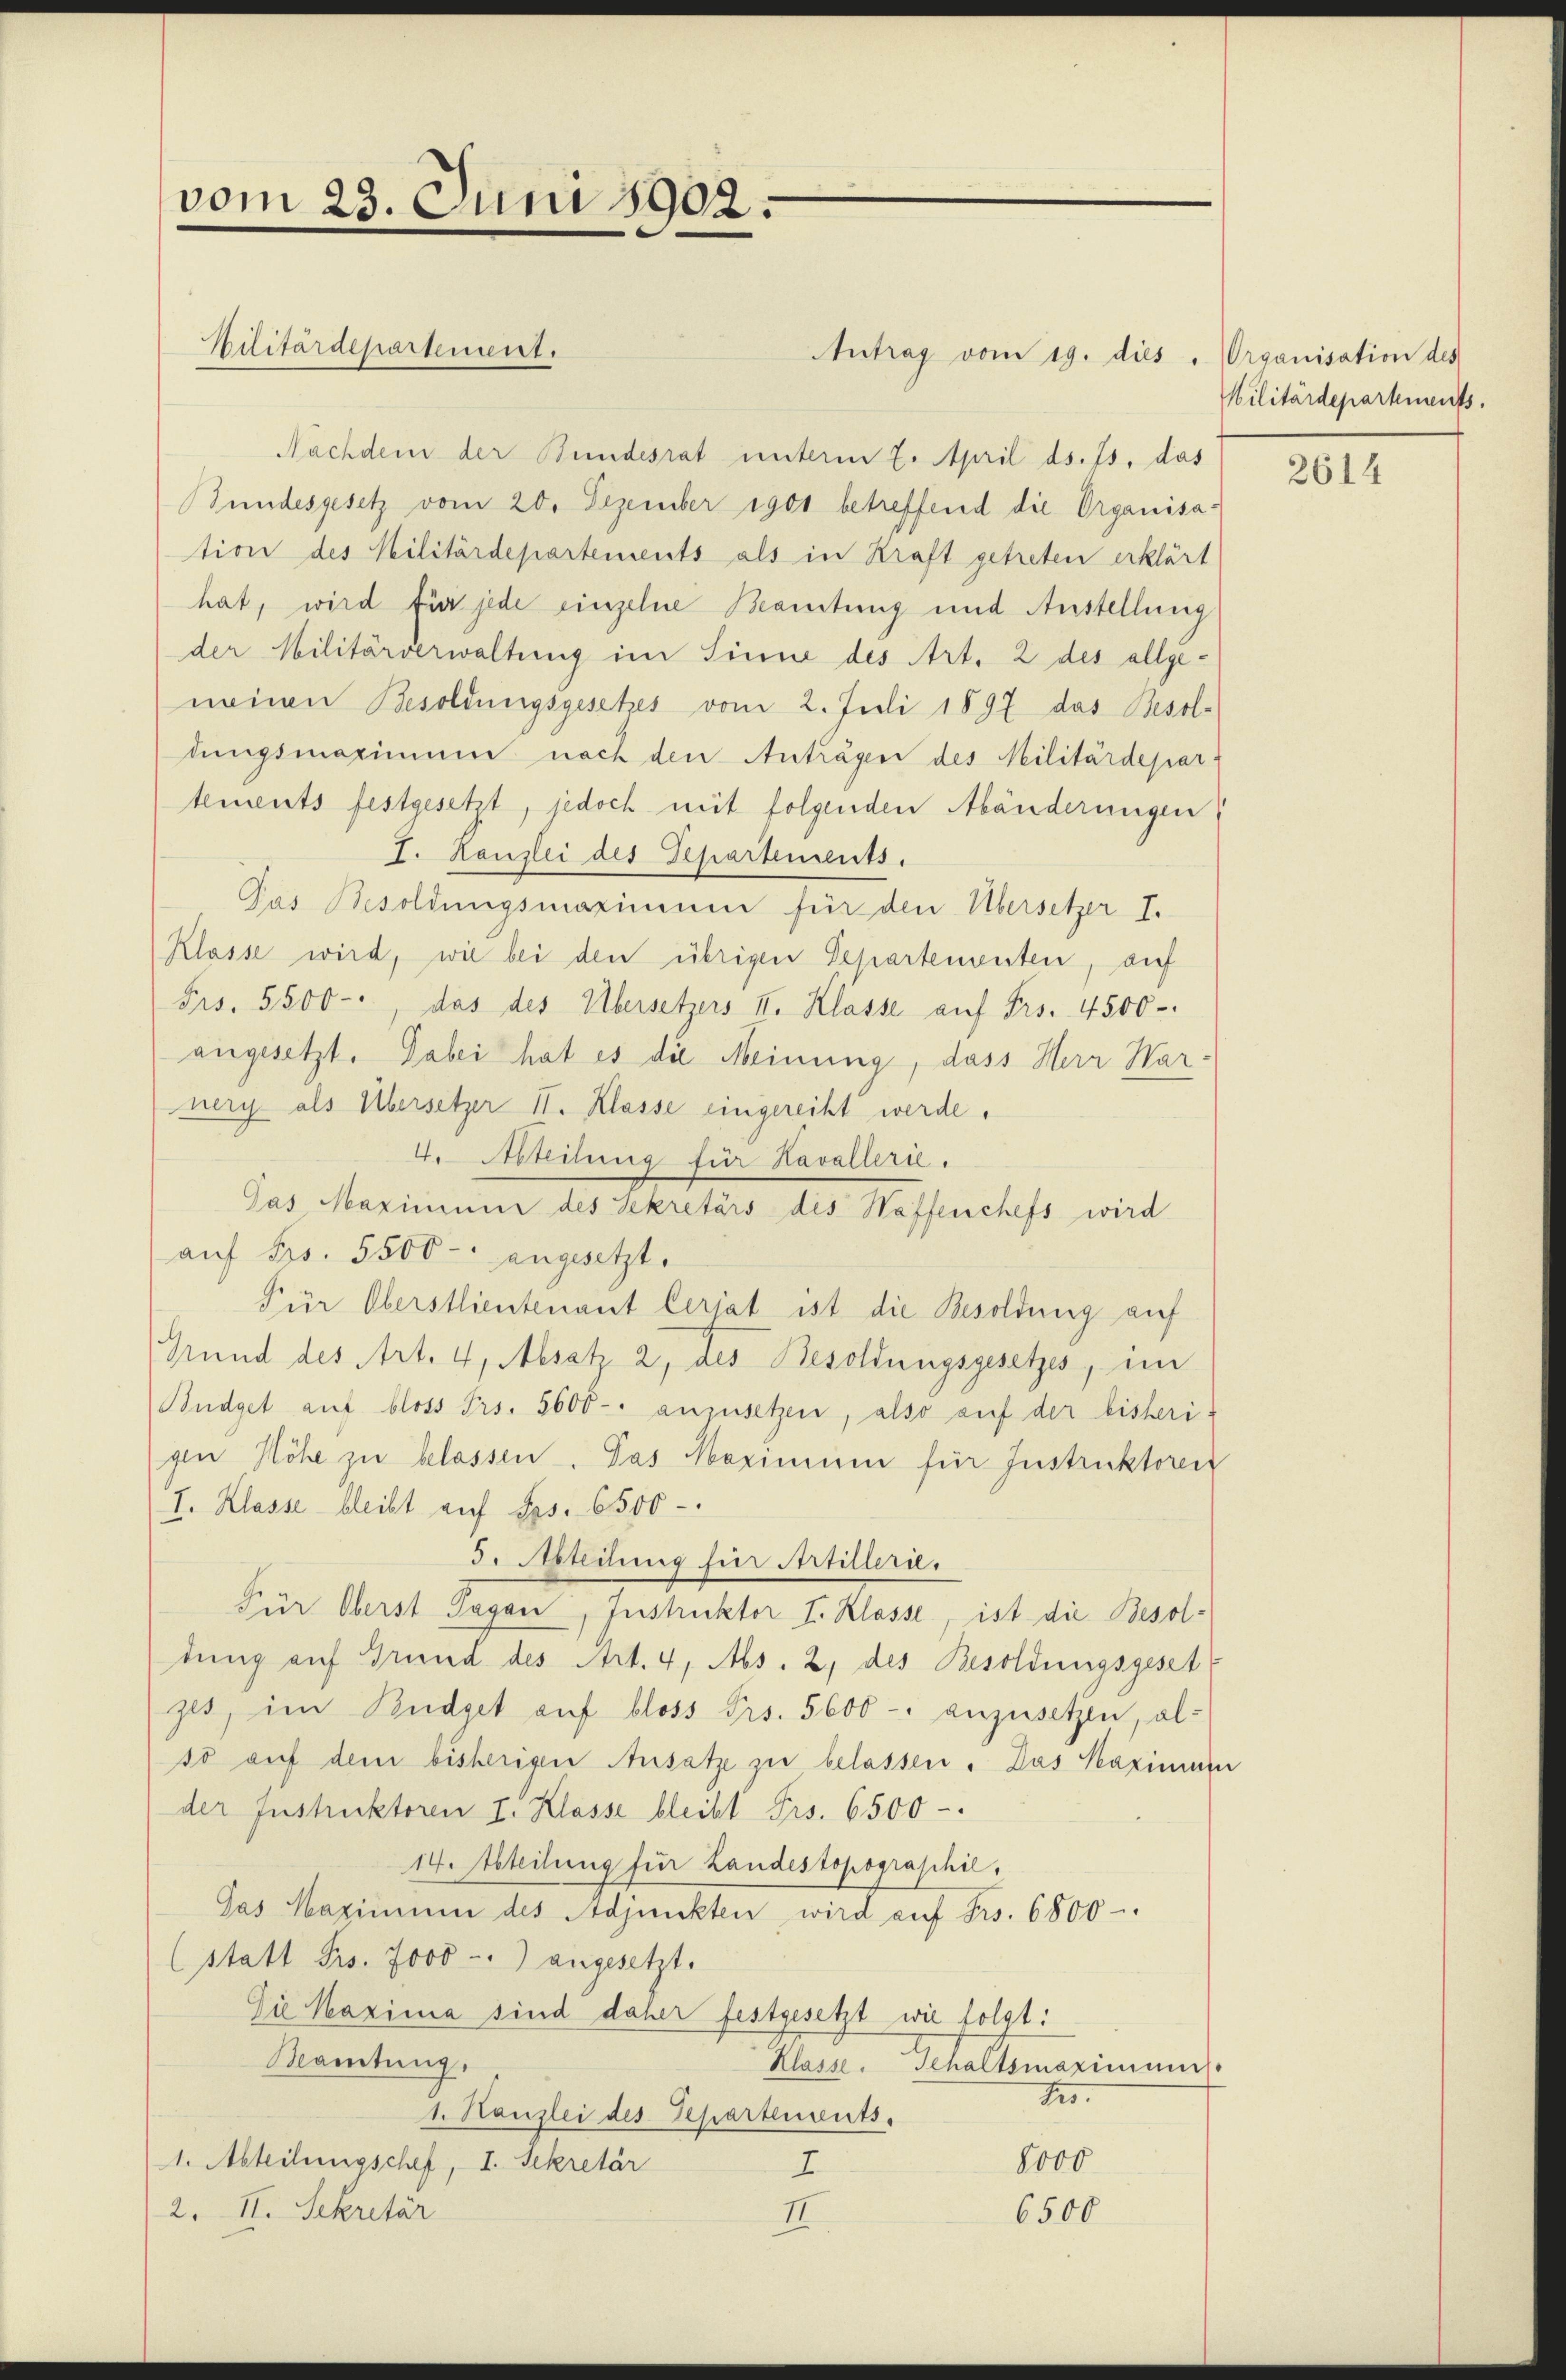
vom 23. Juni 1902.

Antrag vom 19. dies " Organisation des
Nachdem der Bundesrat unterm 7. April ds. Js. das
Bundesgesetz vom 20. Dezember 1901 betreffend die Organisation des Militärdepartements als in Kraft getreten erklärt
hat, wird für jede einzelne Beamtung und Anstellung
der Militärverwaltung im Sinne des Art. 2 des allgeneinen Besoldungsgesetzes vom 2. Juli 1897 das Besoldungsmaximum nach den Antragen des Militärdepartements festgesetzt, jedoch mit folgenden Abänderungen
I. Kanzlei des Departements.
Pas Besoldungsmaximum für den Übersetzer I.
Klasse wird, wie bei den übrigen Separtementen, auf
Frs. 5500-, das des Übersetzers II. Klasse auf Frs. 4500-
angesetzt. Dabei hat es die Meinung, dass Herr Warnery als Übersetzer II. Klasse eingereiht werde.
4. Abteilung für Kavallerie.
Pas Maximum des Sekretärs des Waffenchefs wird
auf Frs. 5500- angesetzt.
Für Oberstlieutenant Ceriat ist die Besoldung auf
Grund des Art. 4, Absatz 2, des Besoldungsgesetzes, im
Büdget auf bloss Frs. 5600 anzusetzen, also auf der bisheri-
gen Höhe zu belassen. Das Maximum für Instruktoren
I. Klasse bleibt auf Frs. 6500
d. Abteilung für Artillerie.
Für Oberst Tagen, Instruktor I. Klasse, ist die Besoldung auf Grund des Art. 4, Abs. 2, des Besoldungsgeset
zet, im Budget auf bloss Frs. 5600 anzusetzen, al-
so auf dem bisherigen Ansatze zu belassen. Das Maximum
der Instruktoren I. Klasse bleibt Frs. 6500-
14. teilung für Landestopograschil
Jas Maximum des Adjunkten wird auf Frs. 6800.
(statt Frs. 7000. angesetzt.
Die Maxima sind daher festgesetzt wie folgt:
Bamtung.
Klasse. Gehaltsmaximinis
t.
1. Kanzlei des Schartements.
1. Abteilungschef, I. Sekretär
8000
E
2. II. Sekretär
6500
II.

Militärdepartement.

Militärdepartements.

2614